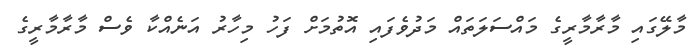
މާލޭގައި މާރާމާރީގެ މައްސަލަތައް މަދުވެފައި އޮތުމަށް ފަހު މިހާރު އަނެއްކާ ވެސް މާރާމާރީގެ